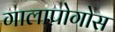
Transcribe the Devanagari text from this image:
गालापोगोस